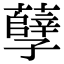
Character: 孽